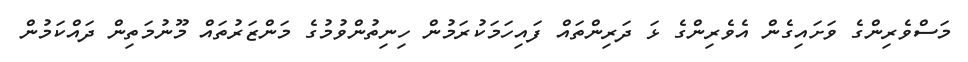
މަސްވެރިންގެ ވަށައިގެން އެވެރިންގެ ޅަ ދަރިންތައް ފައިހަމަކުރަމުން ހިނިތުންވުމުގެ މަންޒަރުތައް މޫނުމަތިން ދައްކަމުން